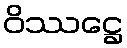
ဝိဿဋ္ဌေ